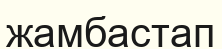
жамбастап